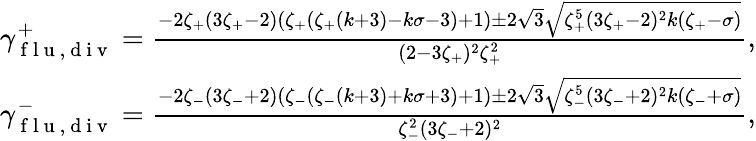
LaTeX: \begin{array}{r}{\gamma_{\mathrm{~f~l~u~},\mathrm{~d~i~v~}}^{+}=\frac{-2\zeta_{+}(3\zeta_{+}-2)(\zeta_{+}(\zeta_{+}(k+3)-k\sigma-3)+1)\pm 2\sqrt{3}\sqrt{\zeta_{+}^{5}(3\zeta_{+}-2)^{2}k(\zeta_{+}-\sigma)}}{(2-3\zeta_{+})^{2}\zeta_{+}^{2}},}\\ {\gamma_{\mathrm{~f~l~u~},\mathrm{~d~i~v~}}^{-}=\frac{-2\zeta_{-}(3\zeta_{-}+2)(\zeta_{-}(\zeta_{-}(k+3)+k\sigma+3)+1)\pm 2\sqrt{3}\sqrt{\zeta_{-}^{5}(3\zeta_{-}+2)^{2}k(\zeta_{-}+\sigma)}}{\zeta_{-}^{2}(3\zeta_{-}+2)^{2}},}\end{array}